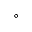
^ \circ